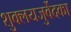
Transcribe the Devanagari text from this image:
शुक्लयजुर्वेदका